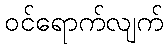
ဝင်ရောက်လျက်